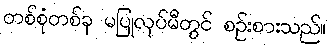
တစ်စုံတစ်ခု မပြုလုပ်မီတွင် စဉ်းစားသည်။